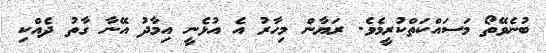
ބުނެވޭތޯ މަސައްކަތްކުރީމެވެ. ރަޔާން މިހާރު އެ އުޅެނީ އިމާދު އޭނާ ގާތު ދެއްކި